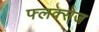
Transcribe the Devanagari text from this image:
फ्लक्‍सेज